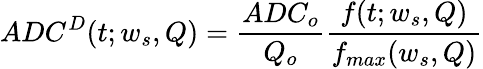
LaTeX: ADC^{D}(t;w_{s},Q)=\frac{ADC_{o}}{Q_{o}}\frac{f(t;w_{s},Q)}{f_{max}(w_{s},Q)}